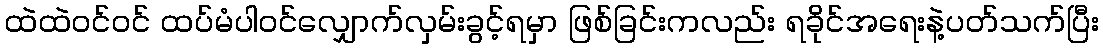
ထဲထဲဝင်ဝင် ထပ်မံပါဝင်လျှောက်လှမ်းခွင့်ရမှာ ဖြစ်ခြင်းကလည်း ရခိုင်အရေးနဲ့ပတ်သက်ပြီး